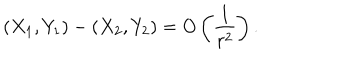
( X _ { 1 } , Y _ { 1 } ) - ( X _ { 2 } , Y _ { 2 } ) = O \left( \frac { 1 } { r ^ { 2 } } \right) .